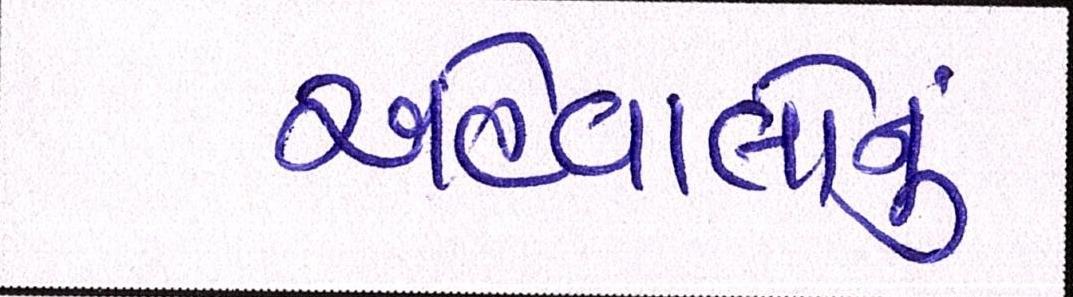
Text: અહેવાલોનું